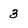
Character: 3